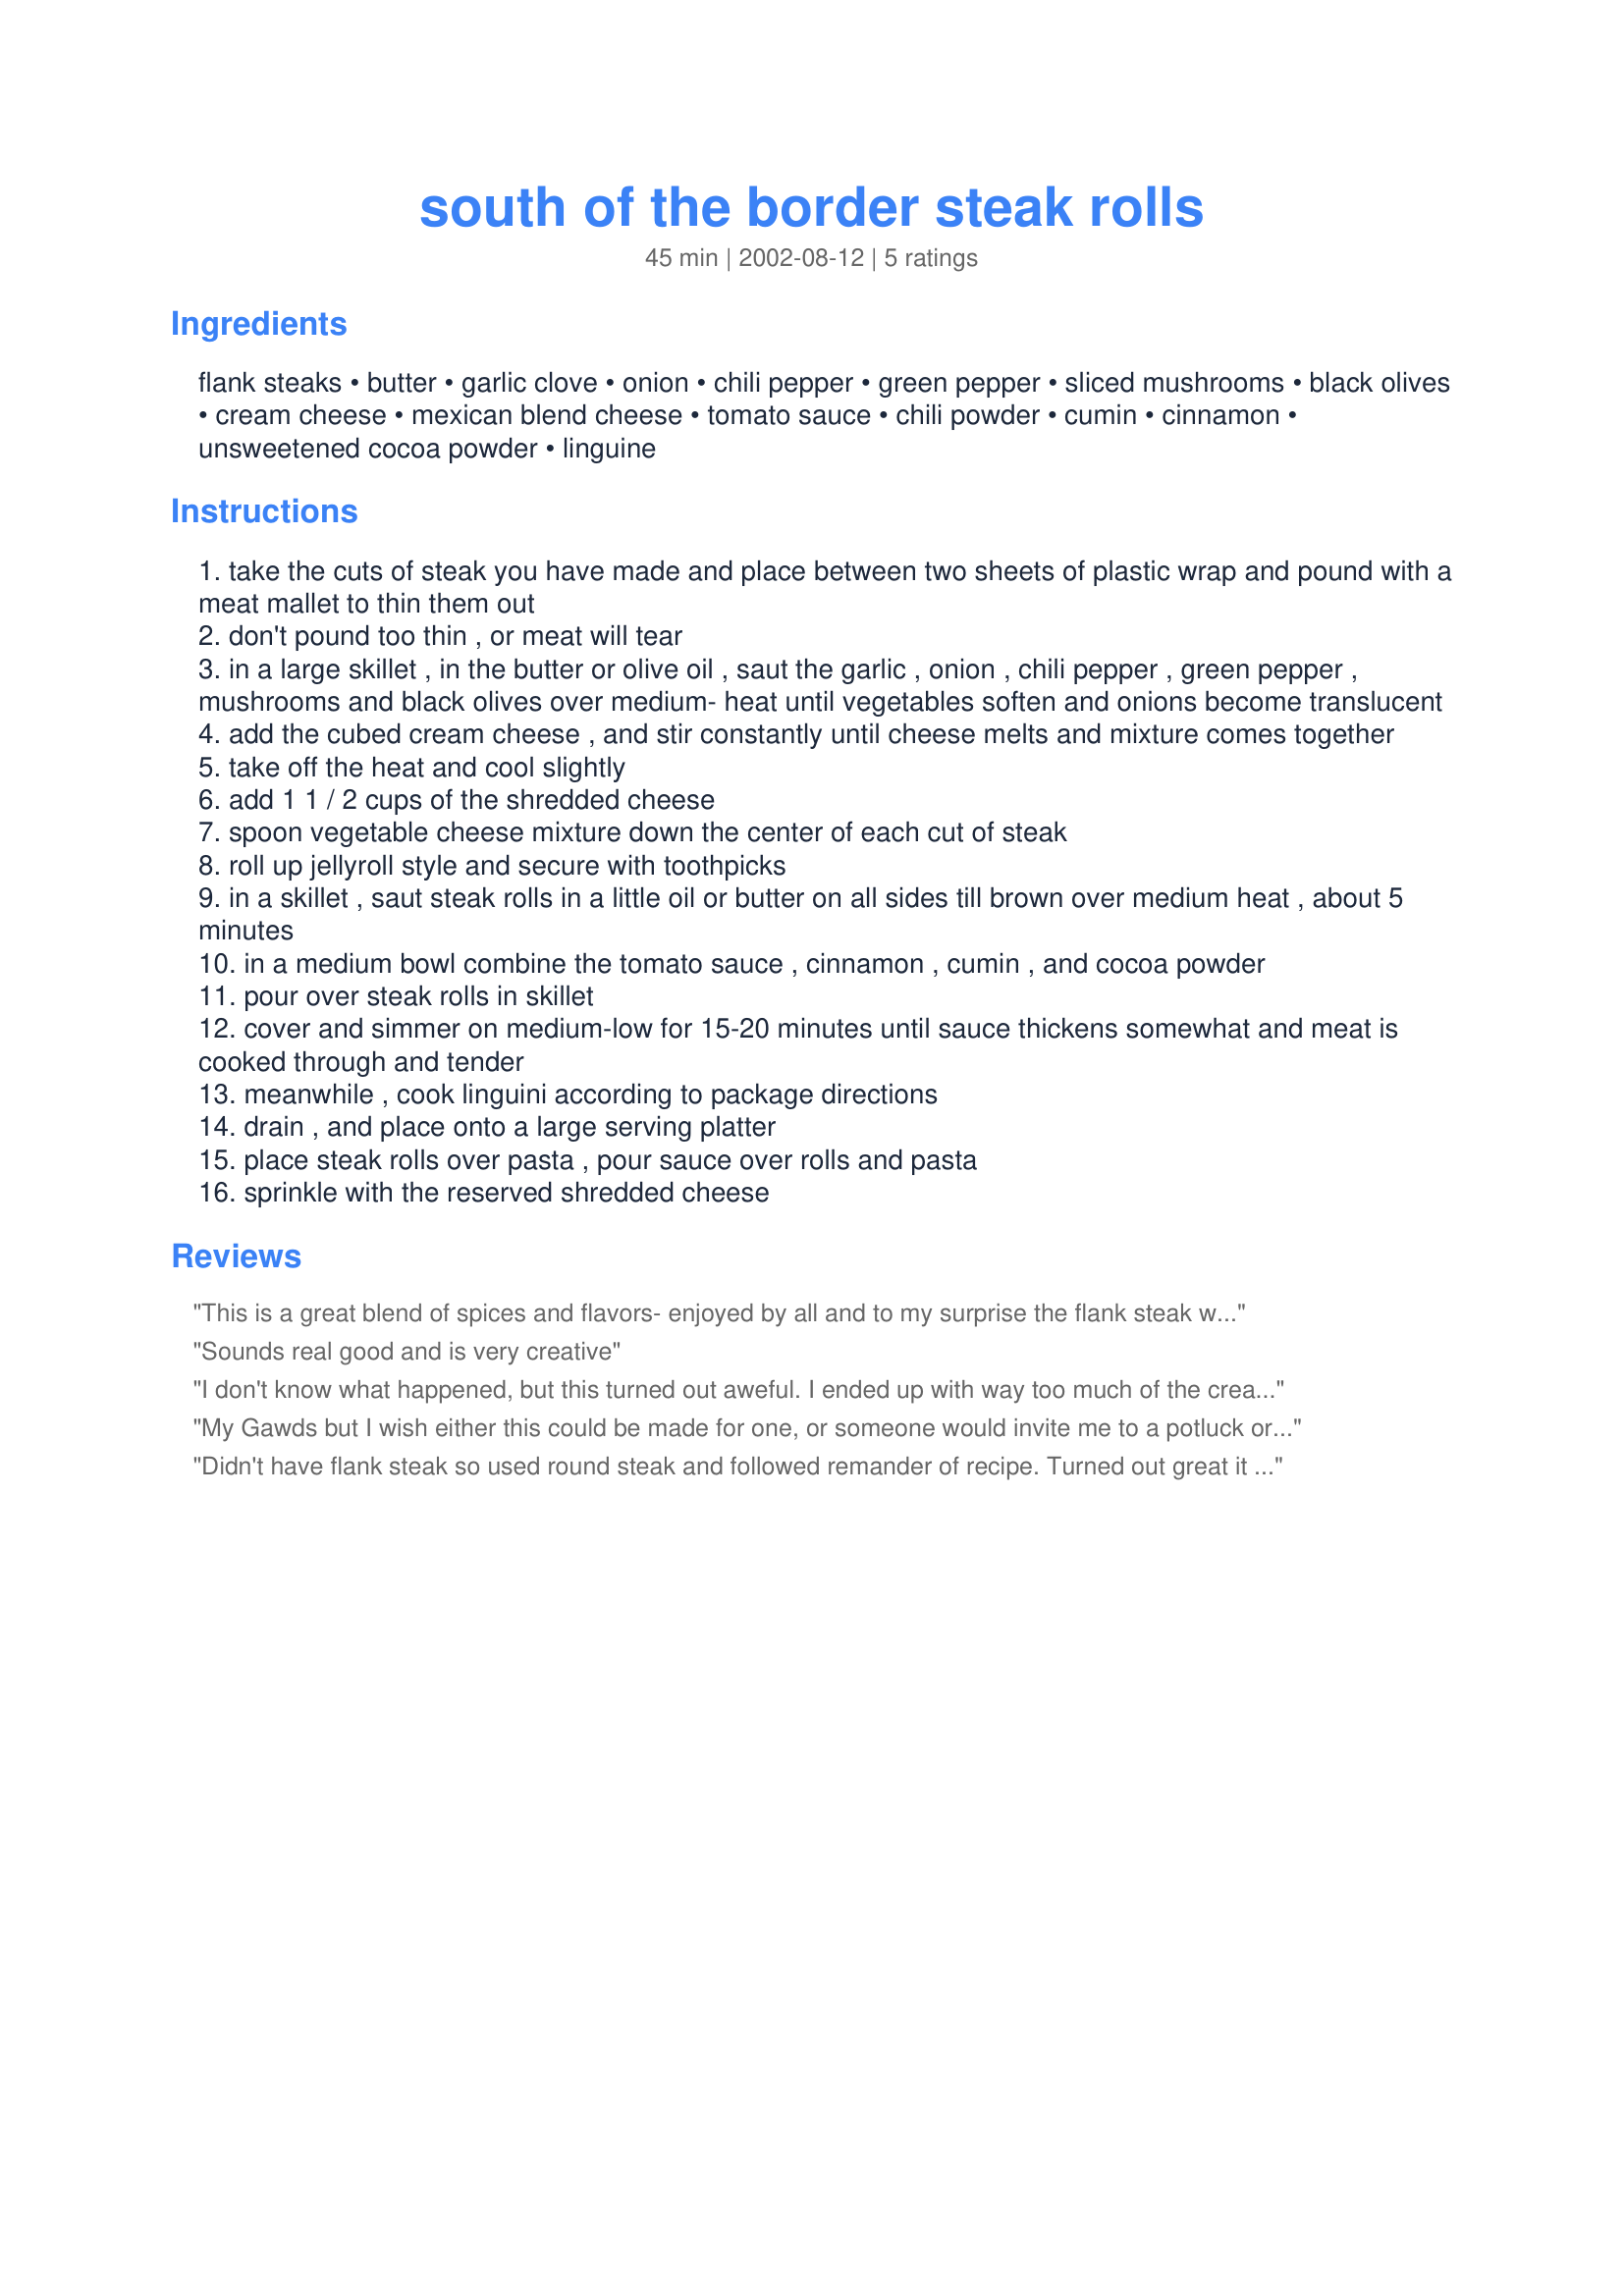
south of the border steak rolls
Preparation time: 45 minutes

Ingredients:
flank steaks, butter, garlic clove, onion, chili pepper, green pepper, sliced mushrooms, black olives, cream cheese, mexican blend cheese, tomato sauce, chili powder, cumin, cinnamon, unsweetened cocoa powder, linguine

Steps:
take the cuts of steak you have made and place between two sheets of plastic wrap and pound with a meat mallet to thin them out
don't pound too thin , or meat will tear
in a large skillet , in the butter or olive oil , saut the garlic , onion , chili pepper , green pepper , mushrooms and black olives over medium- heat until vegetables soften and onions become translucent
add the cubed cream cheese , and stir constantly until cheese melts and mixture comes together
take off the heat and cool slightly
add 1 1 / 2 cups of the shredded cheese
spoon vegetable cheese mixture down the center of each cut of steak
roll up jellyroll style and secure with toothpicks
in a skillet , saut steak rolls in a little oil or butter on all sides till brown over medium heat , about 5 minutes
in a medium bowl combine the tomato sauce , cinnamon , cumin , and cocoa powder
pour over steak rolls in skillet
cover and simmer on medium-low for 15-20 minutes until sauce thickens somewhat and meat is cooked through and tender
meanwhile , cook linguini according to package directions
drain , and place onto a large serving platter
place steak rolls over pasta , pour sauce over rolls and pasta
sprinkle with the reserved shredded cheese

Reviews:
This is a great blend of spices and flavors- enjoyed by all and to my surprise the flank steak was tender , I sauted it for apprx 30 minutes (I am usually not a big fan of Flank steak as I find the meat to be a tougher cut) When I make it next time I will increase the garlic and chili but that is just a personal taste preference - Good luck in the contest with this excellent recipe
Sounds real good and is very creative
I don't know what happened, but this turned out aweful. I ended up with way too much of the cream cheese mixture. I had a terrible time trying to get the steaks wrapped up and toothpicked. The flavor reminded me somewhat of a sweet bitter chili. I was very disappointed. The ingredients sounded interesting, but this was a waste of time, as it found it's way to the trash and we ordered pizza.
My Gawds but I wish either this could be made for one, or someone would invite me to a potluck or something so I could bring it. It's gotta be one of the most delicious sounding things I've seen.
I can't rate it cause I haven't eaten it, but on reading alone it's gotta be at least a 4.
T.
Didn't have flank steak so used round steak and followed remander of recipe. Turned out great it
was really tasty and tender. I served it with rice (family preference)
